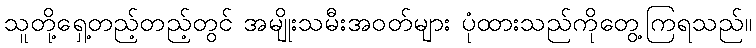
သူတို့ရှေ့တည့်တည့်တွင် အမျိုးသမီးအဝတ်များ ပုံထားသည်ကိုတွေ့ကြရသည်။